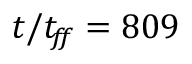
t / t _ { \! f \! \! f } = 8 0 9